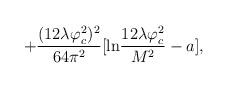
LaTeX: \begin{align*}+ \frac{(12\lambda\varphi_{c}^{2})^{2}}{64\pi^{2}}[ {\rm ln}\frac{12\lambda\varphi_{c}^{2}}{M^{2}}-a], \end{align*}